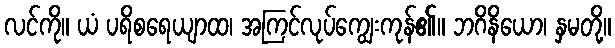
လင်ကို။ ယံ ပရိစရေယျာထ၊ အကြင်လုပ်ကျွေးကုန်၏။ ဘဂိနိယော၊ နှမတို့။